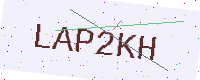
Text: LAP2KH